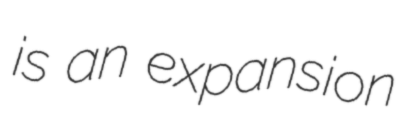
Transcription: is an expansion